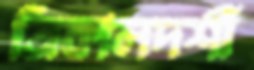
ত্রিকালদর্শী